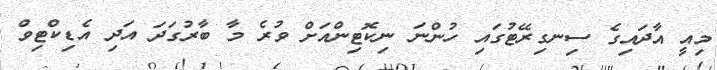
މިއީ އާދައިގެ ސިނގިރޭޓުގައި ހުންނަ ނިކޮޓިންއަށް ވުރެ މާ ބާރުގަދަ އަދި އެޑިކްޓިވް